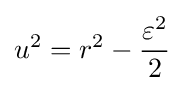
u^{2}=r^{2}-{\frac {\varepsilon ^{2}}{2}}